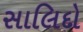
સાલિદો